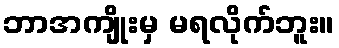
ဘာအကျိုးမှ မရလိုက်ဘူး။